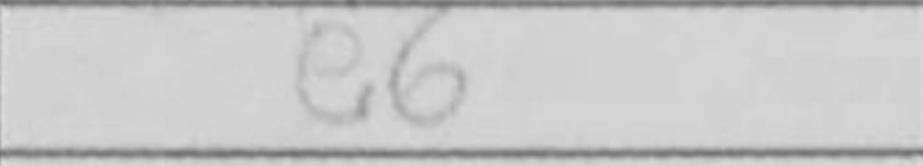
Transcription: e6